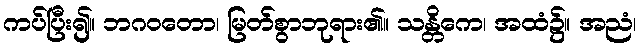
ကပ်ပြီး၍။ ဘဂဝတော၊ မြတ်စွာဘုရား၏။ သန္တိကေ၊ အထံ၌။ အညံ၊